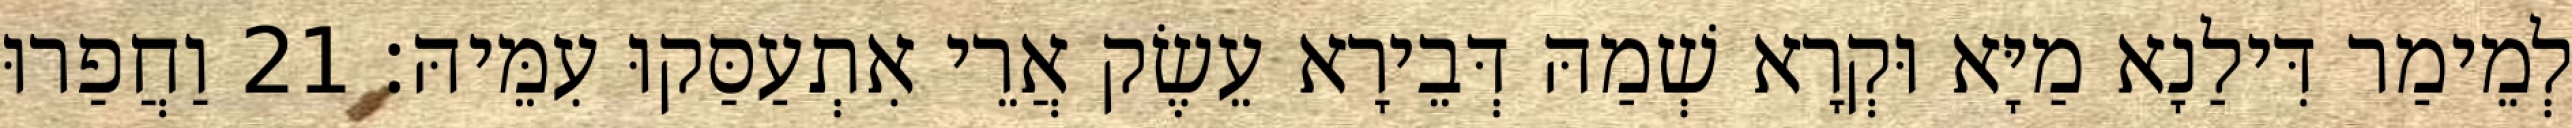
לְמֵימַר דִּילַנָא מַיָּא וּקְרָא שְׁמַהּ דְּבֵירָא עֵשֶׂק אֲרֵי אִתְעַסַּקוּ עִמֵּיהּ׃ 21 וַחֲפַרוּ